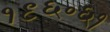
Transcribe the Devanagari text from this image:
१९६॰६१